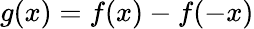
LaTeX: g(x)=f(x)-f(-x)